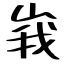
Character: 峩